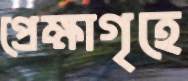
প্রেক্ষাগৃহে